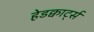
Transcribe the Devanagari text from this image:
हेडक्वार्ट्स